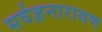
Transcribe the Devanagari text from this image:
सर्वज्ञनारायण